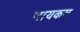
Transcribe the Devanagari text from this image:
नायकम्‌